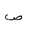
Letter: _sad